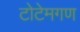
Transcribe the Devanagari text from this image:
टोटेमगण